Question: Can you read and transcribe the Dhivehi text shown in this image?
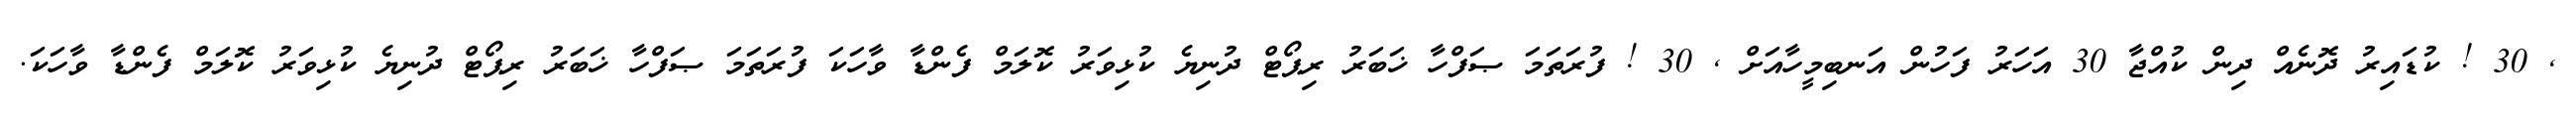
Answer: , 30 ! ކުޑައިރު ދޮނެއް ދިން ކުއްޖާ 30 އަހަރު ފަހުން އަނބިމީހާއަށް , 30 ! ފުރަތަމަ ޞަފްހާ ޚަބަރު ރިޕޯޓް ދުނިޔެ ކުޅިވަރު ކޮލަމް ފެންޑާ ވާހަކަ ފުރަތަމަ ޞަފްހާ ޚަބަރު ރިޕޯޓް ދުނިޔެ ކުޅިވަރު ކޮލަމް ފެންޑާ ވާހަކަ.